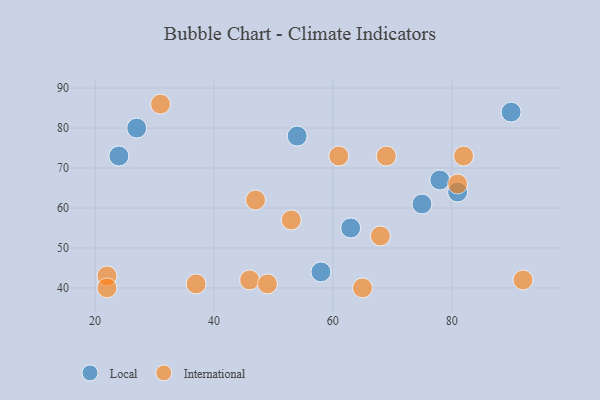
{"axis": {"x": "GDP", "y": "Life Expectancy"}, "legend": ["International", "Local"], "data": [{"x": "27", "y": 80, "type": "Local"}, {"x": "24", "y": 73, "type": "Local"}, {"x": "63", "y": 55, "type": "Local"}, {"x": "78", "y": 67, "type": "Local"}, {"x": "54", "y": 78, "type": "Local"}, {"x": "90", "y": 84, "type": "Local"}, {"x": "58", "y": 44, "type": "Local"}, {"x": "81", "y": 64, "type": "Local"}, {"x": "75", "y": 61, "type": "Local"}, {"x": "69", "y": 73, "type": "International"}, {"x": "61", "y": 73, "type": "International"}, {"x": "46", "y": 42, "type": "International"}, {"x": "47", "y": 62, "type": "International"}, {"x": "65", "y": 40, "type": "International"}, {"x": "22", "y": 43, "type": "International"}, {"x": "22", "y": 40, "type": "International"}, {"x": "92", "y": 42, "type": "International"}, {"x": "31", "y": 86, "type": "International"}, {"x": "68", "y": 53, "type": "International"}, {"x": "81", "y": 66, "type": "International"}, {"x": "49", "y": 41, "type": "International"}, {"x": "53", "y": 57, "type": "International"}, {"x": "82", "y": 73, "type": "International"}, {"x": "37", "y": 41, "type": "International"}]}